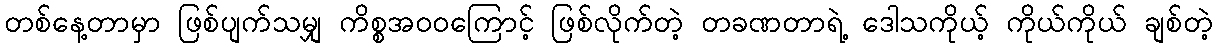
တစ်နေ့တာမှာ ဖြစ်ပျက်သမျှ ကိစ္စအဝဝကြောင့် ဖြစ်လိုက်တဲ့ တခဏတာရဲ့ ဒေါသကိုယ့် ကိုယ်ကိုယ် ချစ်တဲ့